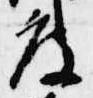
度